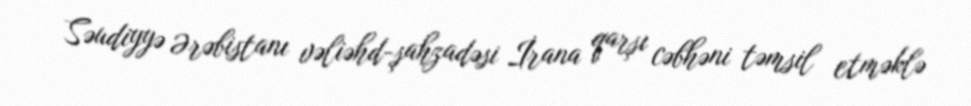
Səudiyyə Ərəbistanı vəliəhd-şahzadəsi İrana qarşı cəbhəni təmsil etməklə